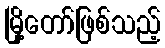
မြို့တော်ဖြစ်သည့်